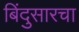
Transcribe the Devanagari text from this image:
बिंदुसारचा